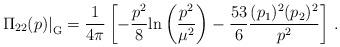
LaTeX: \begin{align*}\displaystyle{ \left. \Pi_{22}(p) \right|_{\rm G} } = \displaystyle{ \frac{1}{4\pi} \left[ - \frac{p^2}{8} {\rm ln}\left( \frac{p^2}{\mu^2} \right) - \frac{53}{6} \frac{(p_1)^2 (p_2)^2}{p^2} \right] \, . } \end{align*}